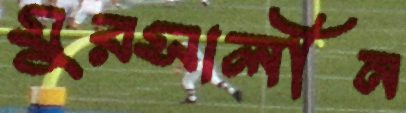
মুরসালীন